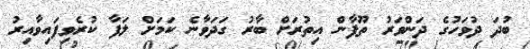
ބުދަ ދުވަހުގެ ދަންވަރު ތޫފާން އިތުރަށް ބާރު ގަދަވާނެ ކަމަށް ލަފާ ކުރެވިފައިވާއިރު